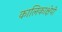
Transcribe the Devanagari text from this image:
कालिकाक्षेपी